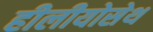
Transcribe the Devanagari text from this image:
हीलीयोसेथ